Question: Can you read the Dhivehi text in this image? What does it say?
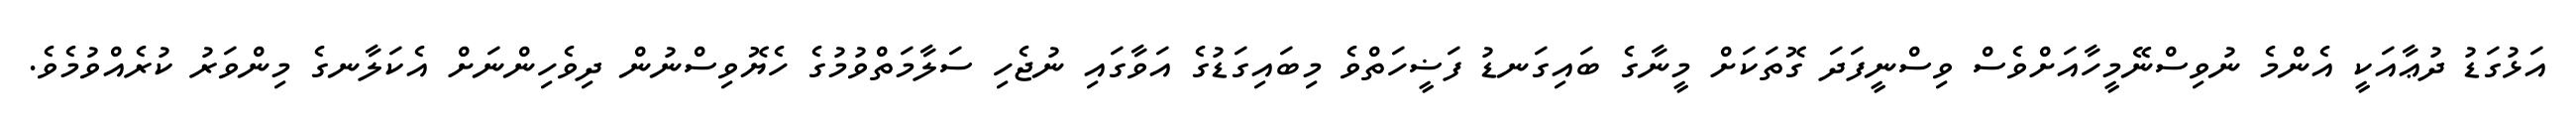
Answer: އަޅުގަޑު ދުޢާއަކީ އެންމެ ނުވިސްނޭމީހާއަށްވެސް ވިސްނީފަދަ ގޮތަކަށް މީނާގެ ބައިގަނޑު ފަޟީހަތްވެ މިބައިގަޑުގެ އަވާގައި ނުޖެހި ސަލާމަތްވުމުގެ ހެޔޮވިސްނުން ދިވެހިންނަށް އެކަލާނގެ މިންވަރު ކުރެއްވުމެވެ.